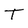
Character: T